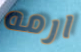
ارمه